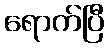
ရောက်ပြီ